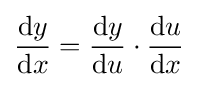
{\frac {\mathrm {d} y}{\mathrm {d} x}}={\frac {\mathrm {d} y}{\mathrm {d} u}}\cdot {\frac {\mathrm {d} u}{\mathrm {d} x}}